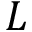
L